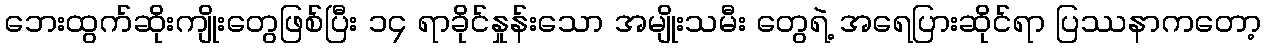
ဘေးထွက်ဆိုးကျိုးတွေဖြစ်ပြီး ၁၄ ရာခိုင်နှုန်းသော အမျိုးသမီး တွေရဲ့ အရေပြားဆိုင်ရာ ပြဿနာကတော့